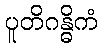
ပူတိဂန္ဓိကံ